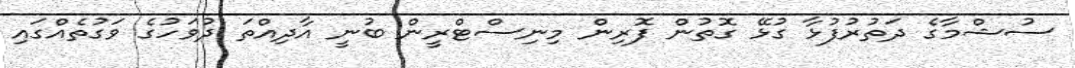
ސުޝްމާގެ ދަތުރުފުޅާ ގުޅޭ ގޮތުން ފޮރިން މިނިސްޓްރީން ބުނީ އާދިއްތަ ދުވަހުގެ ވަގުތެއްގައި